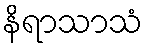
နိရာသာသံ